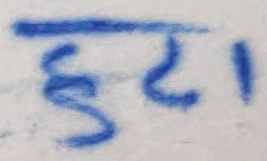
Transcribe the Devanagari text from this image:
हटा